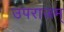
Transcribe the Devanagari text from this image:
उपराजम्